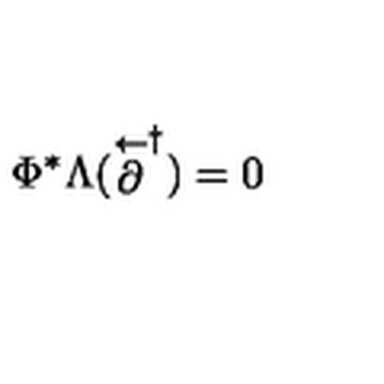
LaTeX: \Phi ^ { * } \Lambda ( \stackrel { \leftarrow } { \partial } ^ { \dagger } ) = 0